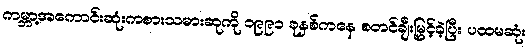
ကမ္ဘာ့အကောင်းဆုံးကစားသမားဆုကို ၁၉၉၁ ခုနှစ်ကနေ စတင်ချီးမြှင့်ခဲ့ပြီး ပထမဆုံး